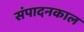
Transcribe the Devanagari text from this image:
संपादनकाल